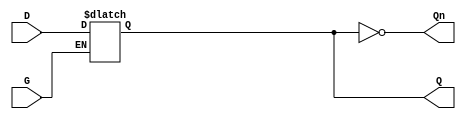
module async_gated_latch (
    input wire D,       // Data input
    input wire G,       // Gate input
    output reg Q,       // Output
    output wire Qn      // Inverted output
);

// Inverted output
assign Qn = ~Q;

// Latch behavior
always @* begin
    if (G) begin
        Q = D;  // Capture D when G is high
    end
    // When G is low, Q retains its value
end

endmodule